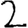
Digit: 2